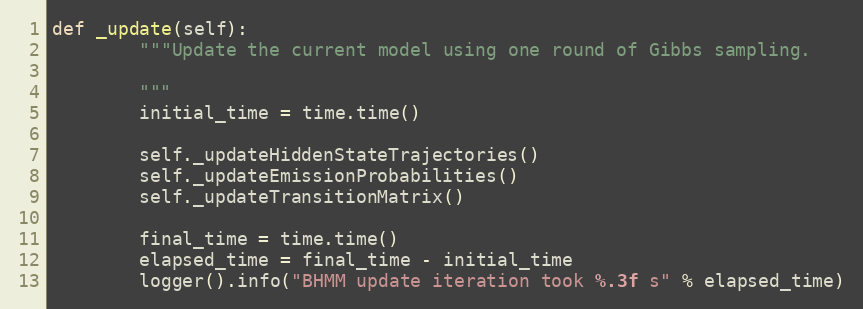
Language: Python
def _update(self):
        """Update the current model using one round of Gibbs sampling.

        """
        initial_time = time.time()

        self._updateHiddenStateTrajectories()
        self._updateEmissionProbabilities()
        self._updateTransitionMatrix()

        final_time = time.time()
        elapsed_time = final_time - initial_time
        logger().info("BHMM update iteration took %.3f s" % elapsed_time)